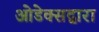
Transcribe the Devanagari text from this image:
ओडेक्सद्वारा